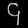
Digit: ၄